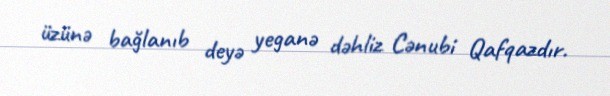
üzünə bağlanıb deyə yeganə dəhliz Cənubi Qafqazdır.